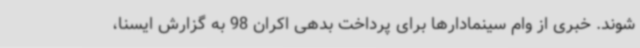
شوند. خبری از وام سینمادارها برای پرداخت بدهی اکران 98 به گزارش ایسنا،